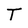
Character: T